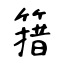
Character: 簎